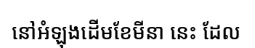
នៅអំឡុងដើមខែមីនា នេះ ដែល